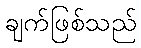
ချက်ဖြစ်သည်